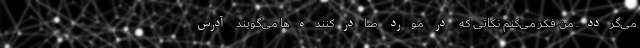
می‌گردد. من فکر می‌کنم نکاتی که در مورد صادرکننده‌ها می‌گویند آدرس